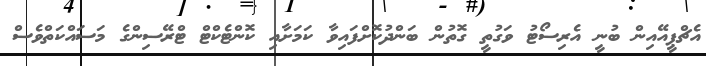
އެޗްޕީއޭއިން ބުނީ އެރިސޯޓު ވަގުތީ ގޮތުން ބަންދުކޮށްފައިވާ ކަމަށާއި ކޮންޓެކްޓް ޓްރޭސިންގެ މަސައްކަތްވެސް